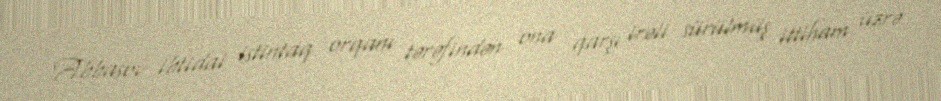
Abbasov ibtidai istintaq orqanı tərəfindən ona qarşı irəli sürülmüş ittiham üzrə